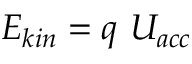
E _ { k i n } = q ~ U _ { a c c }